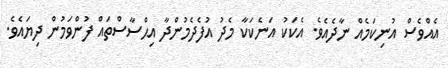
އެއްވެސް އުނިކަމެއް ނާދެއެވެ. އެކަކު އަނެކަކާ މެދު އުފެދެމުންދާ އިޙްސާސްތައް ފުންވަމުން ދިޔައެވެ.